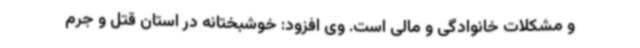
و مشکلات خانوادگی و مالی است. وی افزود: خوشبختانه در استان قتل و جرم